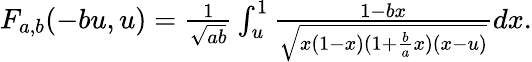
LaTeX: \begin{array}{r}{F_{a,b}(-bu,u)=\frac{1}{\sqrt{ab}}\int_{u}^{1}\frac{1-bx}{\sqrt{x(1-x)(1+\frac{b}{a}x)(x-u)}}dx.}\end{array}